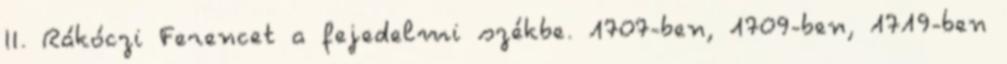
II. Rákóczi Ferencet a fejedelmi székbe. 1707-ben, 1709-ben, 1719-ben